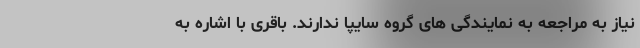
نیاز به مراجعه به نمایندگی های گروه سایپا ندارند. باقری با اشاره به